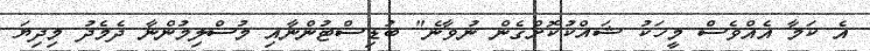
އެ ކަމާ އެއްވެސް މީހަކު ޝައްކުކޮށްގެން ނުވާނެ" ބުޑިސްޓުންނާއި މުސްލިމުންނާ ދެމެދު މިދިޔަ